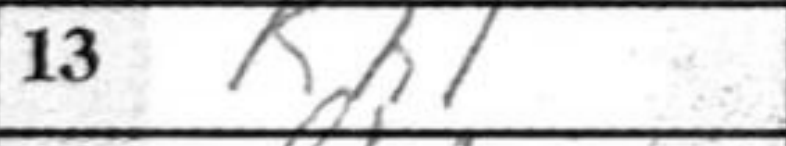
Transcription: Kh1